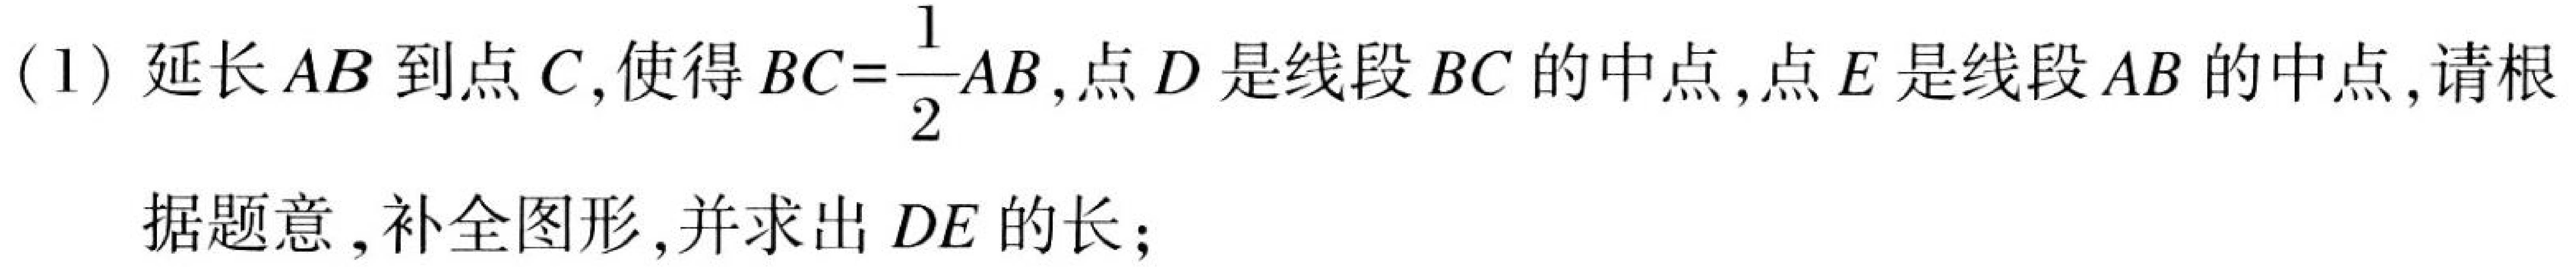
(1) 延长\(AB\)到点\(C\),使得\(BC = \dfrac{1}{2}AB\),点\(D\)是线段\(BC\)的中点,点\(E\)是线段\(AB\)的中点,请根
据题意, 补全图形, 并求出\(DE\)的长;